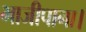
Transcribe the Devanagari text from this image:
भाजीपाना।